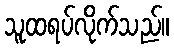
သူထရပ်လိုက်သည်။